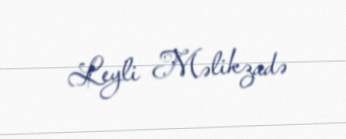
Leyli Məlikzadə